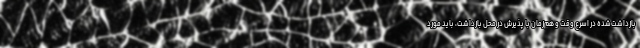
بازداشت‌شده در اسرع وقت و هم‌زمان با پذیرش در محل بازداشت، باید مورد